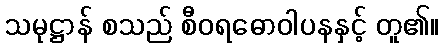
သမုဋ္ဌာန် စသည် စီဝရဓောဝါပနနှင့် တူ၏။